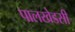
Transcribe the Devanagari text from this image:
पालखेडसी